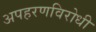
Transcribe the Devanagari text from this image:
अपहरणविरोधी